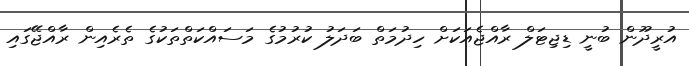
އުރީދޫން ބުނީ ޑިޖިޓަލް ރާއްޖެއަކަށް ހިދުމަތް ބަދަލު ކުރުމުގެ މަސައްކަތްތަކުގެ ތެރެއިން ރާއްޖޭގައި